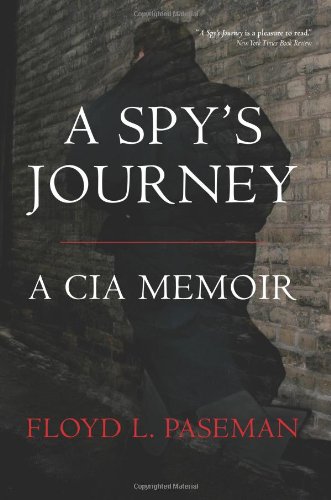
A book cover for A Spy's Journey: A CIA Memoir; Floyd Paseman; History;